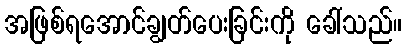
အဖြစ်ရအောင်ချွတ်ပေးခြင်းကို ခေါ်သည်။